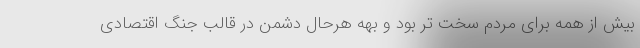
بیش از همه برای مردم سخت تر بود و بهه هرحال دشمن در قالب جنگ اقتصادی